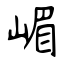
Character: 嵋